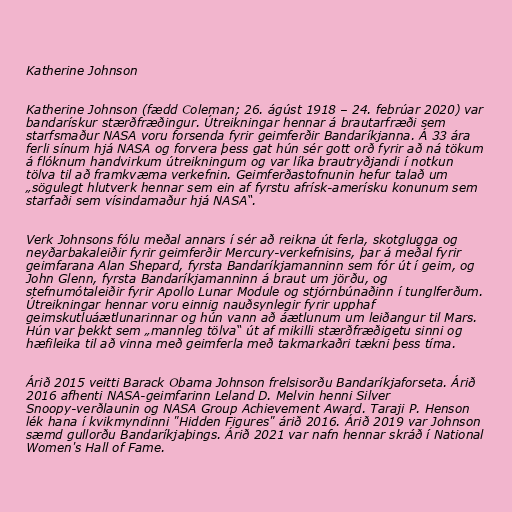
Katherine Johnson

Katherine Johnson (fædd Coleman; 26. ágúst 1918 – 24. febrúar 2020) var
bandarískur stærðfræðingur. Útreikningar hennar á brautarfræði sem
starfsmaður NASA voru forsenda fyrir geimferðir Bandaríkjanna. Á 33 ára
ferli sínum hjá NASA og forvera þess gat hún sér gott orð fyrir að ná tökum
á flóknum handvirkum útreikningum og var líka brautryðjandi í notkun
tölva til að framkvæma verkefnin. Geimferðastofnunin hefur talað um
„sögulegt hlutverk hennar sem ein af fyrstu afrísk-amerísku konunum sem
starfaði sem vísindamaður hjá NASA“.

Verk Johnsons fólu meðal annars í sér að reikna út ferla, skotglugga og
neyðarbakaleiðir fyrir geimferðir Mercury-verkefnisins, þar á meðal fyrir
geimfarana Alan Shepard, fyrsta Bandaríkjamanninn sem fór út í geim, og
John Glenn, fyrsta Bandaríkjamanninn á braut um jörðu, og
stefnumótaleiðir fyrir Apollo Lunar Module og stjórnbúnaðinn í tunglferðum.
Útreikningar hennar voru einnig nauðsynlegir fyrir upphaf
geimskutluáætlunarinnar og hún vann að áætlunum um leiðangur til Mars.
Hún var þekkt sem „mannleg tölva“ út af mikilli stærðfræðigetu sinni og
hæfileika til að vinna með geimferla með takmarkaðri tækni þess tíma.

Árið 2015 veitti Barack Obama Johnson frelsisorðu Bandaríkjaforseta. Árið
2016 afhenti NASA-geimfarinn Leland D. Melvin henni Silver
Snoopy-verðlaunin og NASA Group Achievement Award. Taraji P. Henson
lék hana í kvikmyndinni "Hidden Figures" árið 2016. Árið 2019 var Johnson
sæmd gullorðu Bandaríkjaþings. Árið 2021 var nafn hennar skráð í National
Women's Hall of Fame.